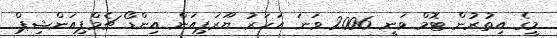
މީގެ އިތުރުން ޓޮމް ވަނީ 2006 ވަނަ އަހަރު ޔޫރަޕިއަން އިންޑޯ ޗެމްޕިއަންޝިޕް